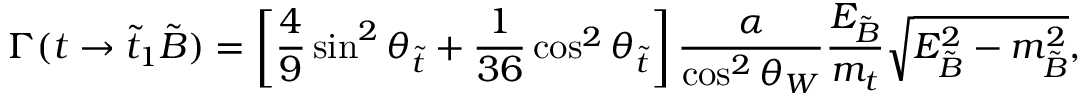
\Gamma ( t \to \tilde { t } _ { 1 } \tilde { B } ) = \left[ \frac { 4 } { 9 } \sin ^ { 2 } \theta _ { \tilde { t } } + \frac { 1 } { 3 6 } \cos ^ { 2 } \theta _ { \tilde { t } } \right] \frac { \alpha } { \cos ^ { 2 } \theta _ { W } } \frac { E _ { \tilde { B } } } { m _ { t } } \sqrt { E _ { \tilde { B } } ^ { 2 } - m _ { \tilde { B } } ^ { 2 } } ,